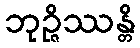
ဘုဉ္ဇိဿန္တိ